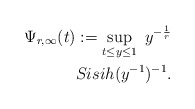
\begin{align*}\Psi_{r,\infty}(t) := \sup_{t\leq y\leq 1}\ y^{-\frac{1}{r}}\\Sisih(y^{-1})^{-1} .\end{align*}